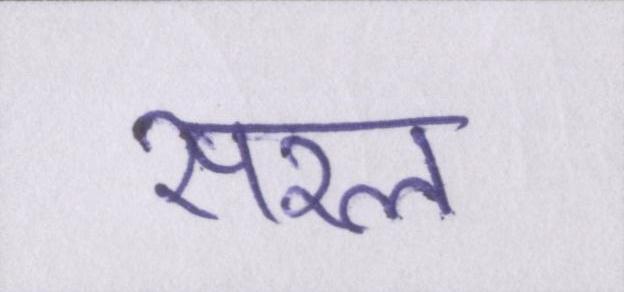
सरल